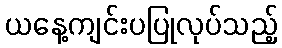
ယနေ့ကျင်းပပြုလုပ်သည့်